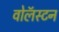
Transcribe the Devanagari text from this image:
वोलॅस्टन